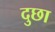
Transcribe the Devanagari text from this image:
दुछा